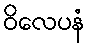
ဝိလေပနံ